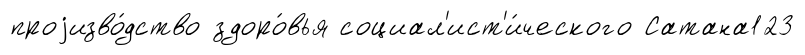
проjизво́дство здоро́вья социал'ист'и́ческого Сатана123